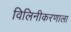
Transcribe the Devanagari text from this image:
विलिनीकरणाला